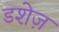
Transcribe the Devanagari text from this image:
डशेज़